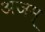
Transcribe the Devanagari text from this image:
अजम्